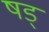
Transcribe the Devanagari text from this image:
षड्‍